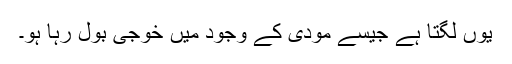
یوں لگتا ہے جیسے مودی کے وجود میں خوجی بول رہا ہو۔